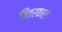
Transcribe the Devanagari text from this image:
वित्रकारी